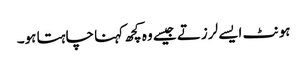
ہونٹ ایسے لرزتے جیسے وہ کچھ کہنا چاہتا ہو۔